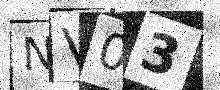
Text: NV03